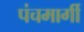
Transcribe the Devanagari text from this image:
पंचमार्गी